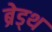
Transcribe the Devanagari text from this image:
ब्रेड्थ